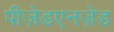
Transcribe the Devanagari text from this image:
पीज़ेडएनज़ेड